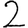
Digit: 2